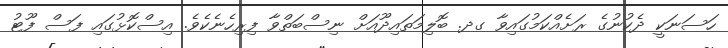
ހަސަނަކީ ދެކުނުގެ ރަށެއްކަމުގައިވާ ގދ. ބޮލިމަތައިދޫއަށް ނިސްބަތްވާ ފިރިހެނެކެވެ. އިސްކޮޅުގައި ފަސް ފޫޓު